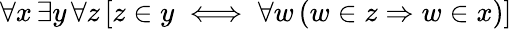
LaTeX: \forall x\, \exists y\, \forall z\, [z\in y\iff\forall w\, (w\in z\Rightarrow w\in x)]